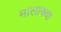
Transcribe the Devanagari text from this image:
मालाक्‍या